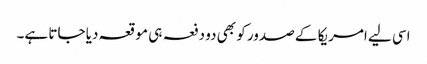
اسی لیے امریکا کے صدور کو بھی دو دفعہ ہی موقعہ دیا جاتا ہے۔